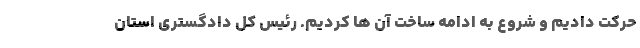
حرکت دادیم و شروع به ادامه ساخت آن ها کردیم. رئیس کل دادگستری استان